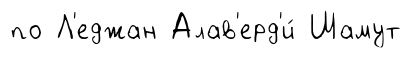
по Л'еджан Алав'ерд'и́ Шамут